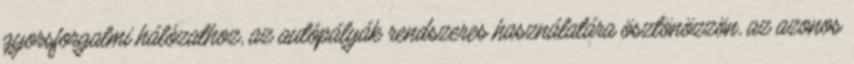
gyorsforgalmi hálózathoz, az autópályák rendszeres használatára ösztönözzön, az azonos